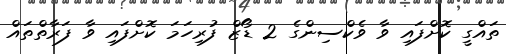
ތައްގީ ކޮށްފައި ވާ ވެކްސިންގެ 2 ޑޯޒް ފުރިހަމަ ކޮށްފައި ވާ ފަރާތްތައް